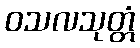
ဝသလသုတ္တံ